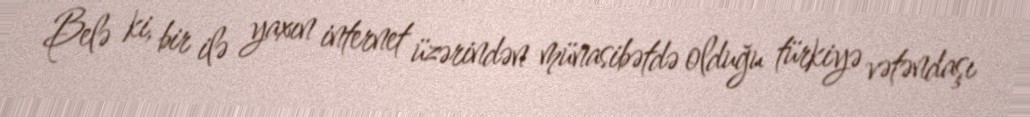
Belə ki, bir ilə yaxın internet üzərindən münasibətdə olduğu türkiyə vətəndaşı